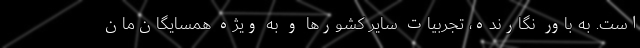
است. به باور نگارنده، تجربیات سایر کشور‌ها و به ویژه همسایگان‌مان